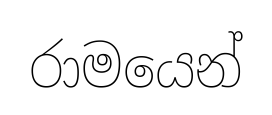
රාමයෙන්